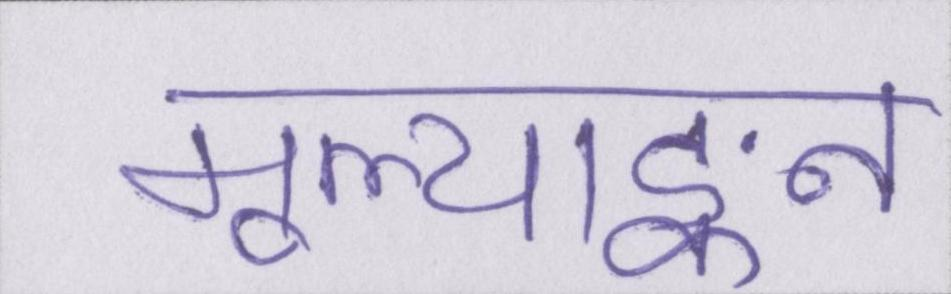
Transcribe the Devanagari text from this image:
मूल्याङ्कन